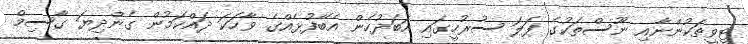
ޓީވީތަކުންނާއި ނޫސްތަކުގެ ފަލަ ސުރުހީގައި އަބަދުހެން އެބޭފުޅެއްގެ ވާހަކަ ދައްކަމުން ގެންދިޔަ ގާސިމް